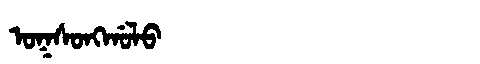
Manchu: ᠣᡴᠰᠣᠩᡤᠣᠯᠣ
Romanization: OKSONGGOLO